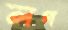
লগ